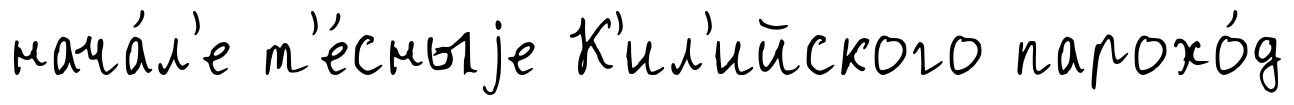
нача́л'е т'е́сныjе К'ил'ийского парохо́д